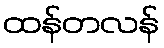
ထန်တလန်